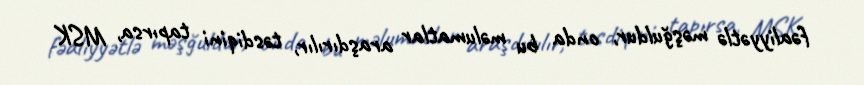
fəaliyyətlə məşğuldur, onda bu məlumatlar araşdırılır, təsdiqini tapırsa, MSK